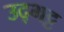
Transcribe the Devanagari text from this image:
उद्भट्ट